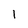
Character: 1